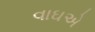
વાઘએ